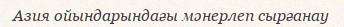
Азия ойындарындағы мәнерлеп сырғанау